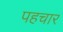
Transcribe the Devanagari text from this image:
पहचार